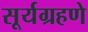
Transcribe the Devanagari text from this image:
सूर्यग्रहणे